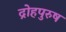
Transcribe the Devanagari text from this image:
द्रोहपुरुष